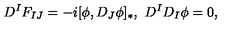
D ^ { I } F _ { I J } = - i [ \phi , D _ { J } \phi ] _ { * } , \ D ^ { I } D _ { I } \phi = 0 ,